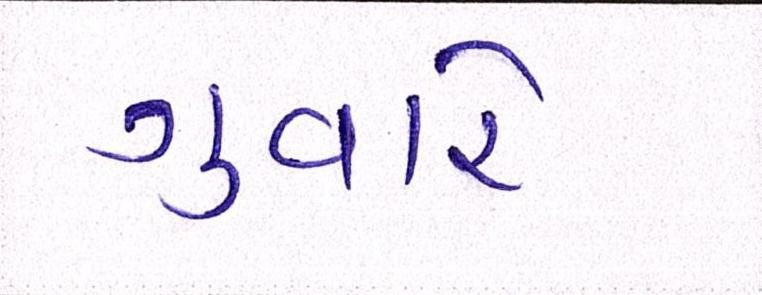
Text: ગુવારે